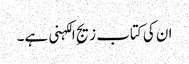
ان کی کتاب زیجِ الکہنی ہے۔